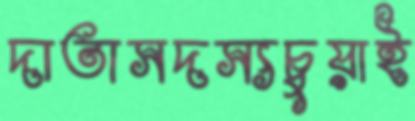
দাতাসদস্যচুয়াই